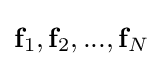
\mathbf {f} _{1},\mathbf {f} _{2},...,\mathbf {f} _{N}